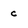
Character: c